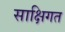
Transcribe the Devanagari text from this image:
साक्षिगत